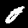
Digit: 0